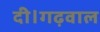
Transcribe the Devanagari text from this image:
दी।गढ़वाल